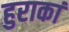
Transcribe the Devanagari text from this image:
हुराकां